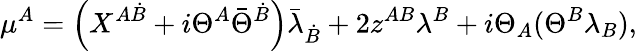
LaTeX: \mu^{A}=\left(X^{A\dot{B}}+i\Theta^{A}\bar{\Theta}^{\dot{B}}\right)\bar{\lambda}{}_{{\dot{B}}}+2z^{AB}\lambda^{B}+i\Theta_{A}(\Theta^{B}\lambda_{B}),